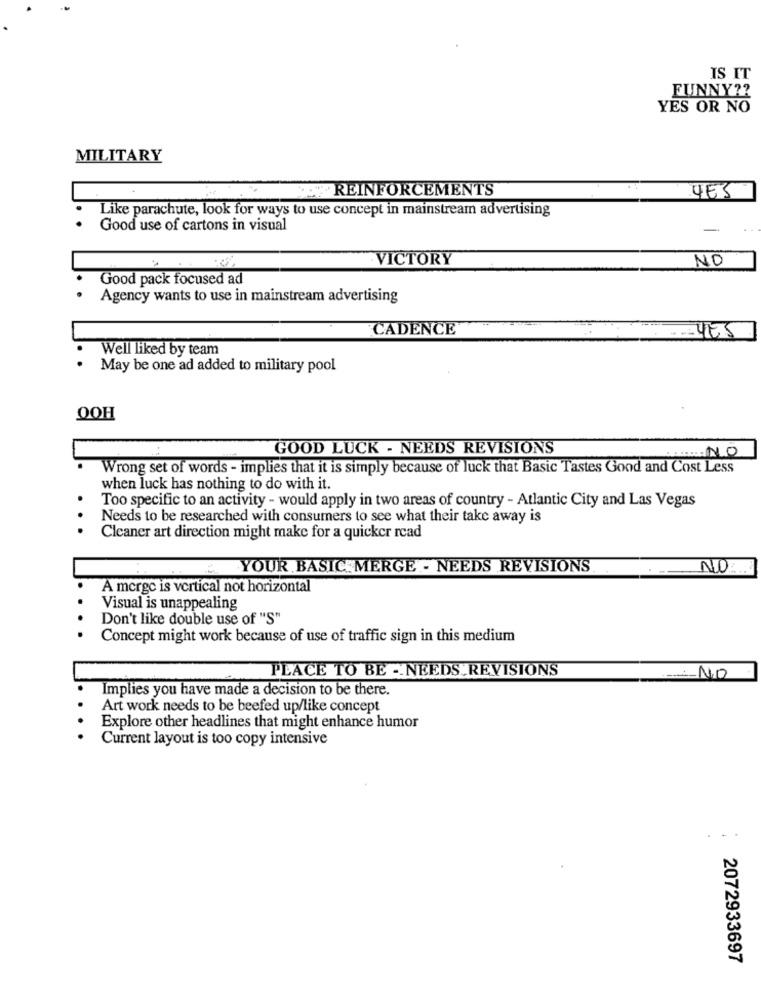
IS IT
FUNNY ??
YES OR NO
MILITARY
REINFORCEMENTS
YES
Like parachute, look for ways to use concept in mainstream advertising
Good use of cartons in visual
-
VICTORY
NO
Good pack focused ad
Agency wants to use in mainstream advertising
CADENCE
Well liked by team
May be one ad added to military pool
GOOD LUCK - NEEDS REVISIONS
CEMAL NO
Wrong set of words - implies that it is simply because of luck that Basic Tastes Good and Cost Less
when luck has nothing to do with it.
Too specific to an activity - would apply in two areas of country - Atlantic City and Las Vegas
Needs to be researched with consumers to see what their take away is
Cleaner art direction might make for a quicker read
E. YOUR BASIC MERGE - NEEDS REVISIONS
NO ....
A merge is vertical not horizontal
Visual is unappealing
Don't like double use of "S"
Concept might work because of use of traffic sign in this medium
PLACE TO BE -- NEEDS.REVISIONS
NO
Implies you have made a decision to be there.
Art work needs to be beefed up/like concept
Explore other headlines that might enhance humor
Current layout is too copy intensive
.. .
2072933697